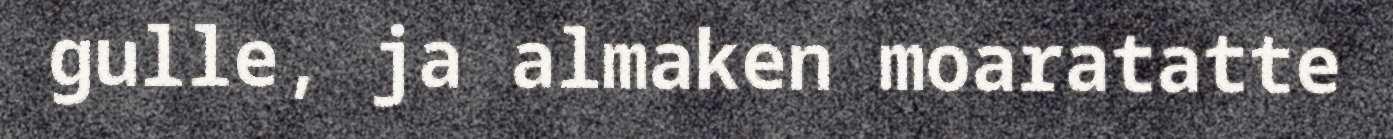
gulle, ja almaken moaratatte